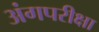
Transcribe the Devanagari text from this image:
अंगपरीक्षा